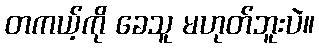
တကယ့်ကို ခေသူ မဟုတ်ဘူးပဲ။